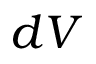
d V